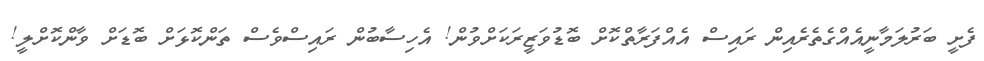
ފެށީ ބަރުލަމާނީއެއްގެތެރެއިން ރައިސް އެއްފަރާތްކޮށް ބޮޑުވަޒީރަކަށްވުން! އެހިސާބުން ރައިސްވެސް ތަންކޮޅަށް ބޮޑަށް ވާންކޮށްލީ!